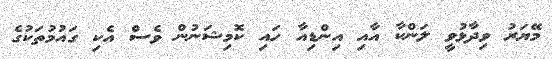
މޭޔަރު ވިދާޅުވީ ލަންކާ އާއި އިންޑިއާ ހައި ކޮމިޝަނުން ވެސް އެކި ގައުމުތަކުގެ